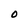
Character: O